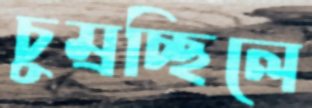
চুম্‌রচ্ছিলে